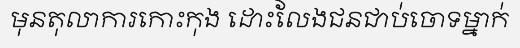
មុនតុលាការកោះកុង ដោះលែងជនជាប់ចោទម្នាក់